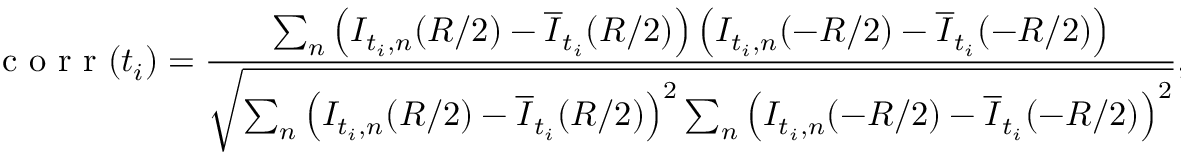
\mathrm { ~ c ~ o ~ r ~ r ~ } ( t _ { i } ) = \frac { \sum _ { n } \left( I _ { t _ { i } , n } ( R / 2 ) - \overline { { I } } _ { t _ { i } } ( R / 2 ) \right) \left( I _ { t _ { i } , n } ( - R / 2 ) - \overline { { I } } _ { t _ { i } } ( - R / 2 ) \right) } { \sqrt { \sum _ { n } \left( I _ { t _ { i } , n } ( R / 2 ) - \overline { { I } } _ { t _ { i } } ( R / 2 ) \right) ^ { 2 } \sum _ { n } \left( I _ { t _ { i } , n } ( - R / 2 ) - \overline { { I } } _ { t _ { i } } ( - R / 2 ) \right) ^ { 2 } } } ,